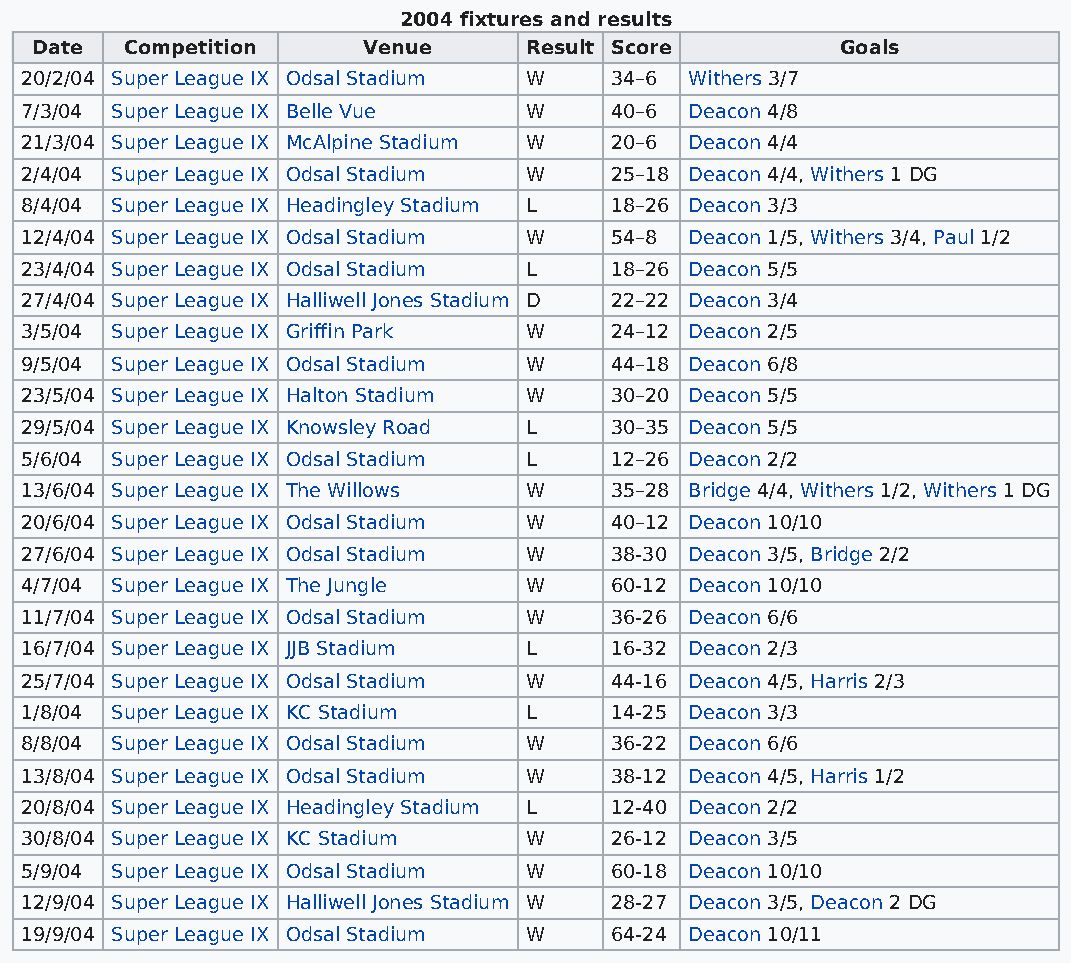
2004 fixtures and results
 Date  Competition     Venue      Result Score         Goals
 20/2/04 Super League IX Odsal Stadium W 34–6 Withers 3/7
 7/3/04 Super League IX Belle Vue  W    40–6  Deacon 4/8
 21/3/04 Super League IX McAlpine Stadium W 20–6 Deacon 4/4
 2/4/04 Super League IX Odsal Stadium W 25–18 Deacon 4/4, Withers 1 DG
 8/4/04 Super League IX Headingley Stadium L 18–26 Deacon 3/3
 12/4/04 Super League IX Odsal Stadium W 54–8 Deacon 1/5, Withers 3/4, Paul 1/2
 23/4/04 Super League IX Odsal Stadium L 18–26 Deacon 5/5
 27/4/04 Super League IX Halliwell Jones Stadium D 22–22 Deacon 3/4
 3/5/04 Super League IX Griffin Park W  24–12 Deacon 2/5
 9/5/04 Super League IX Odsal Stadium W 44–18 Deacon 6/8
 23/5/04 Super League IX Halton Stadium W 30–20 Deacon 5/5
 29/5/04 Super League IX Knowsley Road L 30–35 Deacon 5/5
 5/6/04 Super League IX Odsal Stadium L 12–26 Deacon 2/2
 13/6/04 Super League IX The Willows W  35–28 Bridge 4/4, Withers 1/2, Withers 1 DG
 20/6/04 Super League IX Odsal Stadium W 40–12 Deacon 10/10
 27/6/04 Super League IX Odsal Stadium W 38-30 Deacon 3/5, Bridge 2/2
 4/7/04 Super League IX The Jungle W    60-12 Deacon 10/10
 11/7/04 Super League IX Odsal Stadium W 36-26 Deacon 6/6
 16/7/04 Super League IX JJB Stadium L  16-32 Deacon 2/3
 25/7/04 Super League IX Odsal Stadium W 44-16 Deacon 4/5, Harris 2/3
 1/8/04 Super League IX KC Stadium L    14-25 Deacon 3/3
 8/8/04 Super League IX Odsal Stadium W 36-22 Deacon 6/6
 13/8/04 Super League IX Odsal Stadium W 38-12 Deacon 4/5, Harris 1/2
 20/8/04 Super League IX Headingley Stadium L 12-40 Deacon 2/2
 30/8/04 Super League IX KC Stadium W   26-12 Deacon 3/5
 5/9/04 Super League IX Odsal Stadium W 60-18 Deacon 10/10
 12/9/04 Super League IX Halliwell Jones Stadium W 28-27 Deacon 3/5, Deacon 2 DG
 19/9/04 Super League IX Odsal Stadium W 64-24 Deacon 10/11